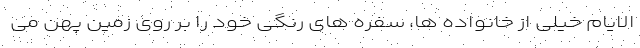
الایام خیلی از خانواده ها، سفره های رنگی خود را بر روی زمین پهن می